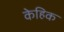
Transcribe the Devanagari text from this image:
केहिक